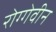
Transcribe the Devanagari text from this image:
रोग्गेवीन